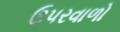
ઉપરવાળો